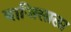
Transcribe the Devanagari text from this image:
बाजिसाला